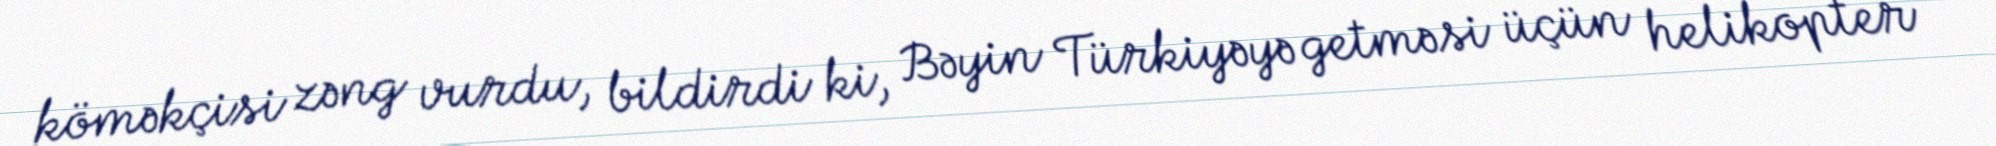
köməkçisi zəng vurdu, bildirdi ki, Bəyin Türkiyəyə getməsi üçün helikopter